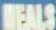
MEALS